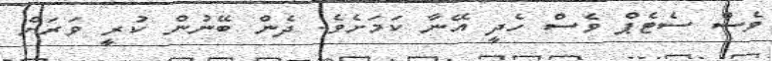
ވެސް ސެޓެޕް ވެސް ހެދީ އޭނާ ކަމަށެވެ. ދެން ބޭނުން ކުރީ ވަރަށް